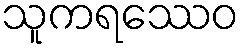
သူကရဿေဝ